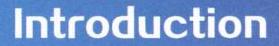
Introduction